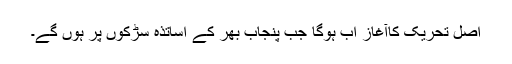
اصل تحریک کاآغاز اب ہوگا جب پنجاب بھر کے اساتذہ سڑکوں پر ہوں گے۔